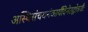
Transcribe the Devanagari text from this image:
अस्थिसंचयनंकार्यंदिनेतद्गोत्रजैः